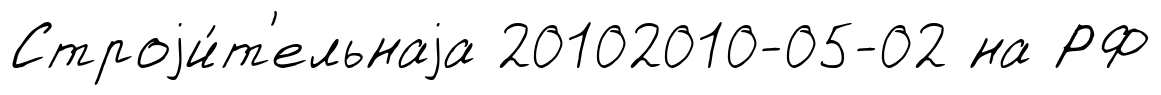
Строjи́т'ельнаjа 20102010-05-02 на РФ